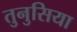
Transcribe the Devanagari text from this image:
तुनुसिया